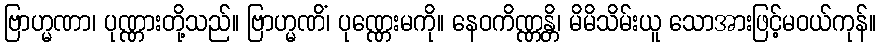
ဗြာဟ္မဏာ၊ ပုဏ္ဏားတို့သည်။ ဗြာဟ္မဏိံ၊ ပုဏ္ဏေးမကို။ နေဝကိဏ္ဏန္တိ၊ မိမိသိမ်းယူ သောအားဖြင့်မဝယ်ကုန်။